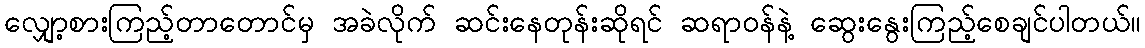
လျှော့စားကြည့်တာတောင်မှ အခဲလိုက် ဆင်းနေတုန်းဆိုရင် ဆရာဝန်နဲ့ ဆွေးနွေးကြည့်စေချင်ပါတယ်။